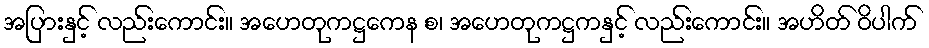
အပြားနှင့် လည်းကောင်း။ အဟေတုကဋ္ဌကေန စ၊ အဟေတုကဋ္ဌကနှင့် လည်းကောင်း။ အဟိတ် ဝိပါက်